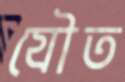
যৌত